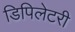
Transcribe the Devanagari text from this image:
डिपिलेटरी